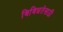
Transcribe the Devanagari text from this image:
विविधतेसाठी